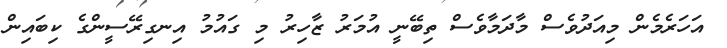
އަހަރެމެން މިއަދުވެސް މާދަމާވެސް ތިބޭނީ އުމަރު ޒާހިރު މި ގައުމު އިނގިރޭސީންގެ ކިބައިން